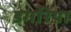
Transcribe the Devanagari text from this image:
डगरिया